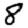
Digit: 8